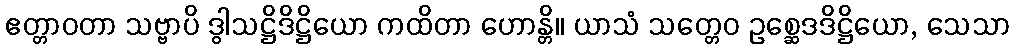
ဧတ္တာဝတာ သဗ္ဗာပိ ဒွါသဋ္ဌိဒိဋ္ဌိယော ကထိတာ ဟောန္တိ။ ယာသံ သတ္တေဝ ဥစ္ဆေဒဒိဋ္ဌိယော, သေသာ